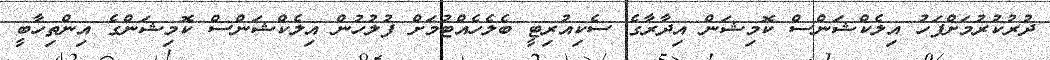
ދުރުކުރުމަށްފަހު އިލެކްޝަންސް ކޮމިޝަން އިދާރާގެ ސެކިއުރިޓީ ބެލެހެއްޓުމަށް ފުލުހުން އިލެކްޝަންސް ކޮމިޝަންގެ އިންތިހާބީ